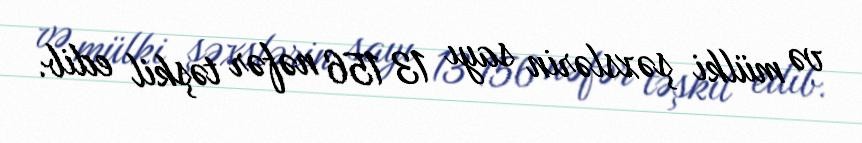
və mülki şəxslərin sayı 13 156 nəfər təşkil edib.